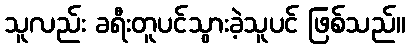
သူလည်း ခရီးတူပင်သွားခဲ့သူပင် ဖြစ်သည်။